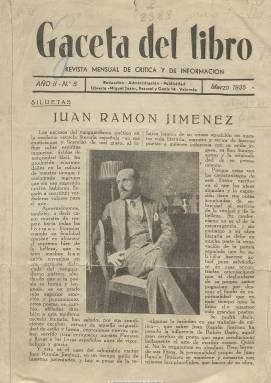
Título: Gaceta del libro (Valencia)
Colección: Literatura
Ámbito geográfico: Valencia
Lugar de publicación: Valencia
Fechas: 01/03/1935-31/07/1936

Con el subtítulo “revista mensual de crítica y de información”, es una publicación especializada en producción libresca, sobre todo literaria, y también en crítica y creación de este tenor. Debió aparecer su primer número en noviembre de 1934, pues la colección incompleta de la Biblioteca Nacional de España comienza en el número 5, correspondiente a marzo de 1935, y sus entregas, de foliación variada, se consolidan en torno a la veintena de páginas, compuestas a tres columnas. Su editor fue el periodista Miguel Juan Gómez (1902-), que tenía establecida imprenta y librería en el número 14 de la calle Pascual y Genís, en donde también residenciaba en el periodo valenciano republicano una singular tertulia literaria a la que acudían algunos de los que colaboran en sus páginas o confluyen pasajeramente en ella, como es el caso de Gonzalo Torrentes Ballester o Dámaso Alonso, junto a Juan Gil-Albert o Max Aub, entre otros muchos.

La Redacción y Administración de la revista quedó establecida en la misma Librería de Miguel Juan, y aunque su importancia está desdibujada en la historia de las revistas literarias españolas del periodo, en la prensa de la época se publicitó como “la única publicación en su género ajena a intereses editoriales determinados”, y se la ha pretendido reivindicar posteriormente junto a otros títulos memorables valencianos como Taula de lletres valencianes (1927-1930), Murta (1931-1932) o Nueva cultura (1935-1937).

Sus páginas están dedicadas a la producción y actualidad literaria en general, a proyectos editoriales y novedades de libros, conmemoraciones y organizaciones culturales (ferias y fiestas del libro o congresos de bibliografía y bibliotecas); certámenes, concursos y premios literarios y periodísticos; organización de librerías y bibliotecas institucionales y privadas (como es el trabajo que ilustra la biblioteca cervantina del valenciano Francisco Martínez y Martínez); a entrevistas y encuestas a editores, estadísticas editoriales, técnicas de edición, reseñas y a estudios críticos de clásicos (Lope, Cervantes o Bécquer) y de autores contemporáneos. Octavio Fernández escribe sobre Juan Ramón Jiménez; L. Casado Carrión, sobre Marcelino Menéndez Pelayo, Ángel Ganivet o Azorín; Eugenio Mediano Flores, sobre Manuel Machado; Gil-Albert, dos textos sobre Luis Cernuda, o quien pudo ser el director de la revista, Arturo Zabala López (1912-2001), sobre Valle-Inclán. Pero también hay reseñas a la obra de Vicente Blasco Ibáñez, Miguel de Unamuno, Pío Baroja, Federico García Lorca, o a la de Teodoro Llorente y Ángel Lázaro.

Cada entrega comienza con la sección Siluetas, dedicada a los principales autores modernos citados, que va acompañada de un retrato. Inserta también algunos otros fotograbados, y cuenta con otras secciones, como Notas breves, Libros y revistas recibidas o Últimos libros publicados. Entre sus colaboradores se encuentran también Ángel Dotor, Joaquín Entrambasaguas, Jesús Cabedo, Lucio Ballesteros, Lluís Guarner, Miguel Alejandro, Juan Lacomba, Francesc Almela y Vives (que escribe sobre bibliofilia); Andrés Ochando y Ochando, joven al que Miguel Juan le editará sus primeros libros, o Emilio Fornet, autor de una creativa serie bajo el epígrafe En la bandeja de Salomé.

Al entrar en su tercer año en publicación, a partir de enero de 1936 la cubierta de la revista se estampa en color, con un original del dibujante valenciano Bauset, y con una suscripción anual de tres pesetas y de cuatro para el extranjero, el editor proyecta un servicio de información con los veinte países de habla española a través de corresponsalías en las capitales de cada uno de ellos, con el objeto de estrecha la cultura hispano-americana-filipina. La revista llegará a tirar hasta 21 números, correspondiendo el último a julio de ese año. Al comienzo de la guerra civil la Librería de Miguel Juan será saqueada y su propietario huirá, recuperando su actividad en 1939.